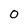
Character: 0